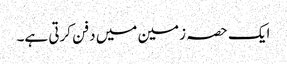
ایک حصہ زمین میں دفن کرتی ہے۔